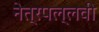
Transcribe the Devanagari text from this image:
नेत्रपल्लवी